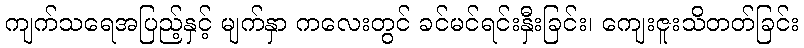
ကျက်သရေအပြည့်နှင့် မျက်နှာ ကလေးတွင် ခင်မင်ရင်းနှီးခြင်း၊ ကျေးဇူးသိတတ်ခြင်း